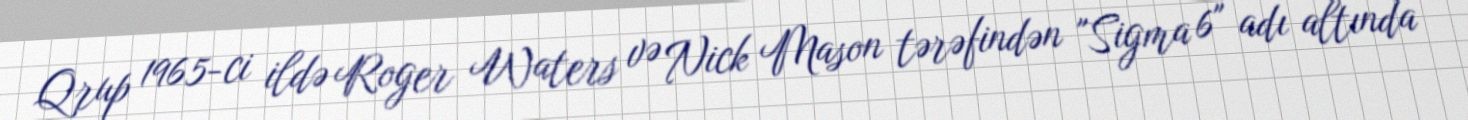
Qrup 1965-ci ildə Roger Waters və Nick Mason tərəfindən "Sigma 6" adı altında